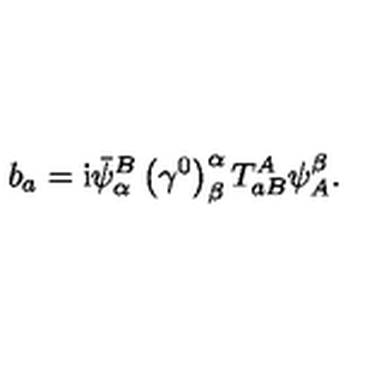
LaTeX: b _ { a } = \mathrm { i } \bar { \psi } _ { \alpha } ^ { B } \left( \gamma ^ { 0 } \right) _ { \beta } ^ { \alpha } T _ { a B } ^ { A } \psi _ { A } ^ { \beta } .